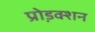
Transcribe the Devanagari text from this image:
प्रो़डक्शन